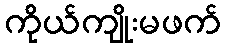
ကိုယ်ကျိုးမဖက်